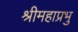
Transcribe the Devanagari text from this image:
श्रीमहाप्रभु